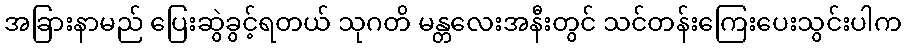
အခြားနာမည် ပြေးဆွဲခွင့်ရတယ် သုဂတိ မန္တလေးအနီးတွင် သင်တန်းကြေးပေးသွင်းပါက